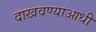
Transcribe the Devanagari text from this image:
दाखवण्याआधी